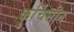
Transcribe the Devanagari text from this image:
कुर्चिसीन